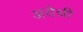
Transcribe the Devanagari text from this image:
अरोची